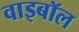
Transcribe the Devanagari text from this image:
वाइबॉल